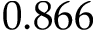
0 . 8 6 6